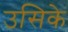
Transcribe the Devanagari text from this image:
उसिके